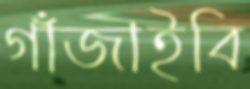
গাঁজাইবি